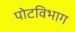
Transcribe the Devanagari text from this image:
पोटविभाग